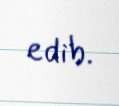
edib.